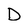
Character: D